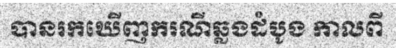
បានរកឃើញករណីឆ្លងដំបូង កាលពី